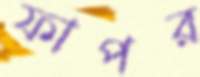
ফাপর